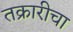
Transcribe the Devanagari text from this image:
तक्रारीचा